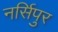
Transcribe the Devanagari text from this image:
नर्सिपुर